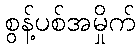
စွန့်ပစ်အမှိုက်